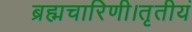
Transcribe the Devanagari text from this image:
ब्रह्मचारिणी।तृतीयं